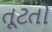
તૂટતો